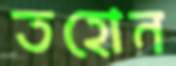
তহোন